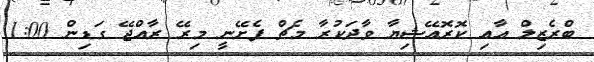
ބްރެޒިލް އާއި ކޮރޮއޭޝިޔާ ވާދަކުރާ މެޗް ފެށޭނީ މިރޭ ރާއްޖޭ ގަޑިން 1:00